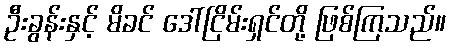
ဦးခွန်းနှင့် မိခင် ဒေါ်ငြိမ်းရှင်တို့ ဖြစ်ကြသည်။